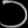
Digit: ၁